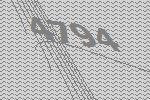
4794